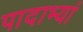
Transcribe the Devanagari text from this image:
पादाभ्यां